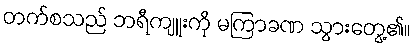
တက်စသည် ဘရီကျူးကို မကြာခဏ သွားတွေ့၏။